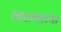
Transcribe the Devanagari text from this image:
स्वरज्याच्या